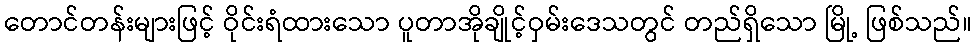
တောင်တန်းများဖြင့် ဝိုင်းရံထားသော ပူတာအိုချိုင့်ဝှမ်းဒေသတွင် တည်ရှိသော မြို့ ဖြစ်သည်။